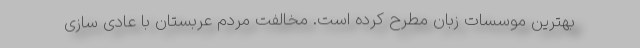
بهترین موسسات زبان مطرح کرده است. مخالفت مردم عربستان با عادی سازی